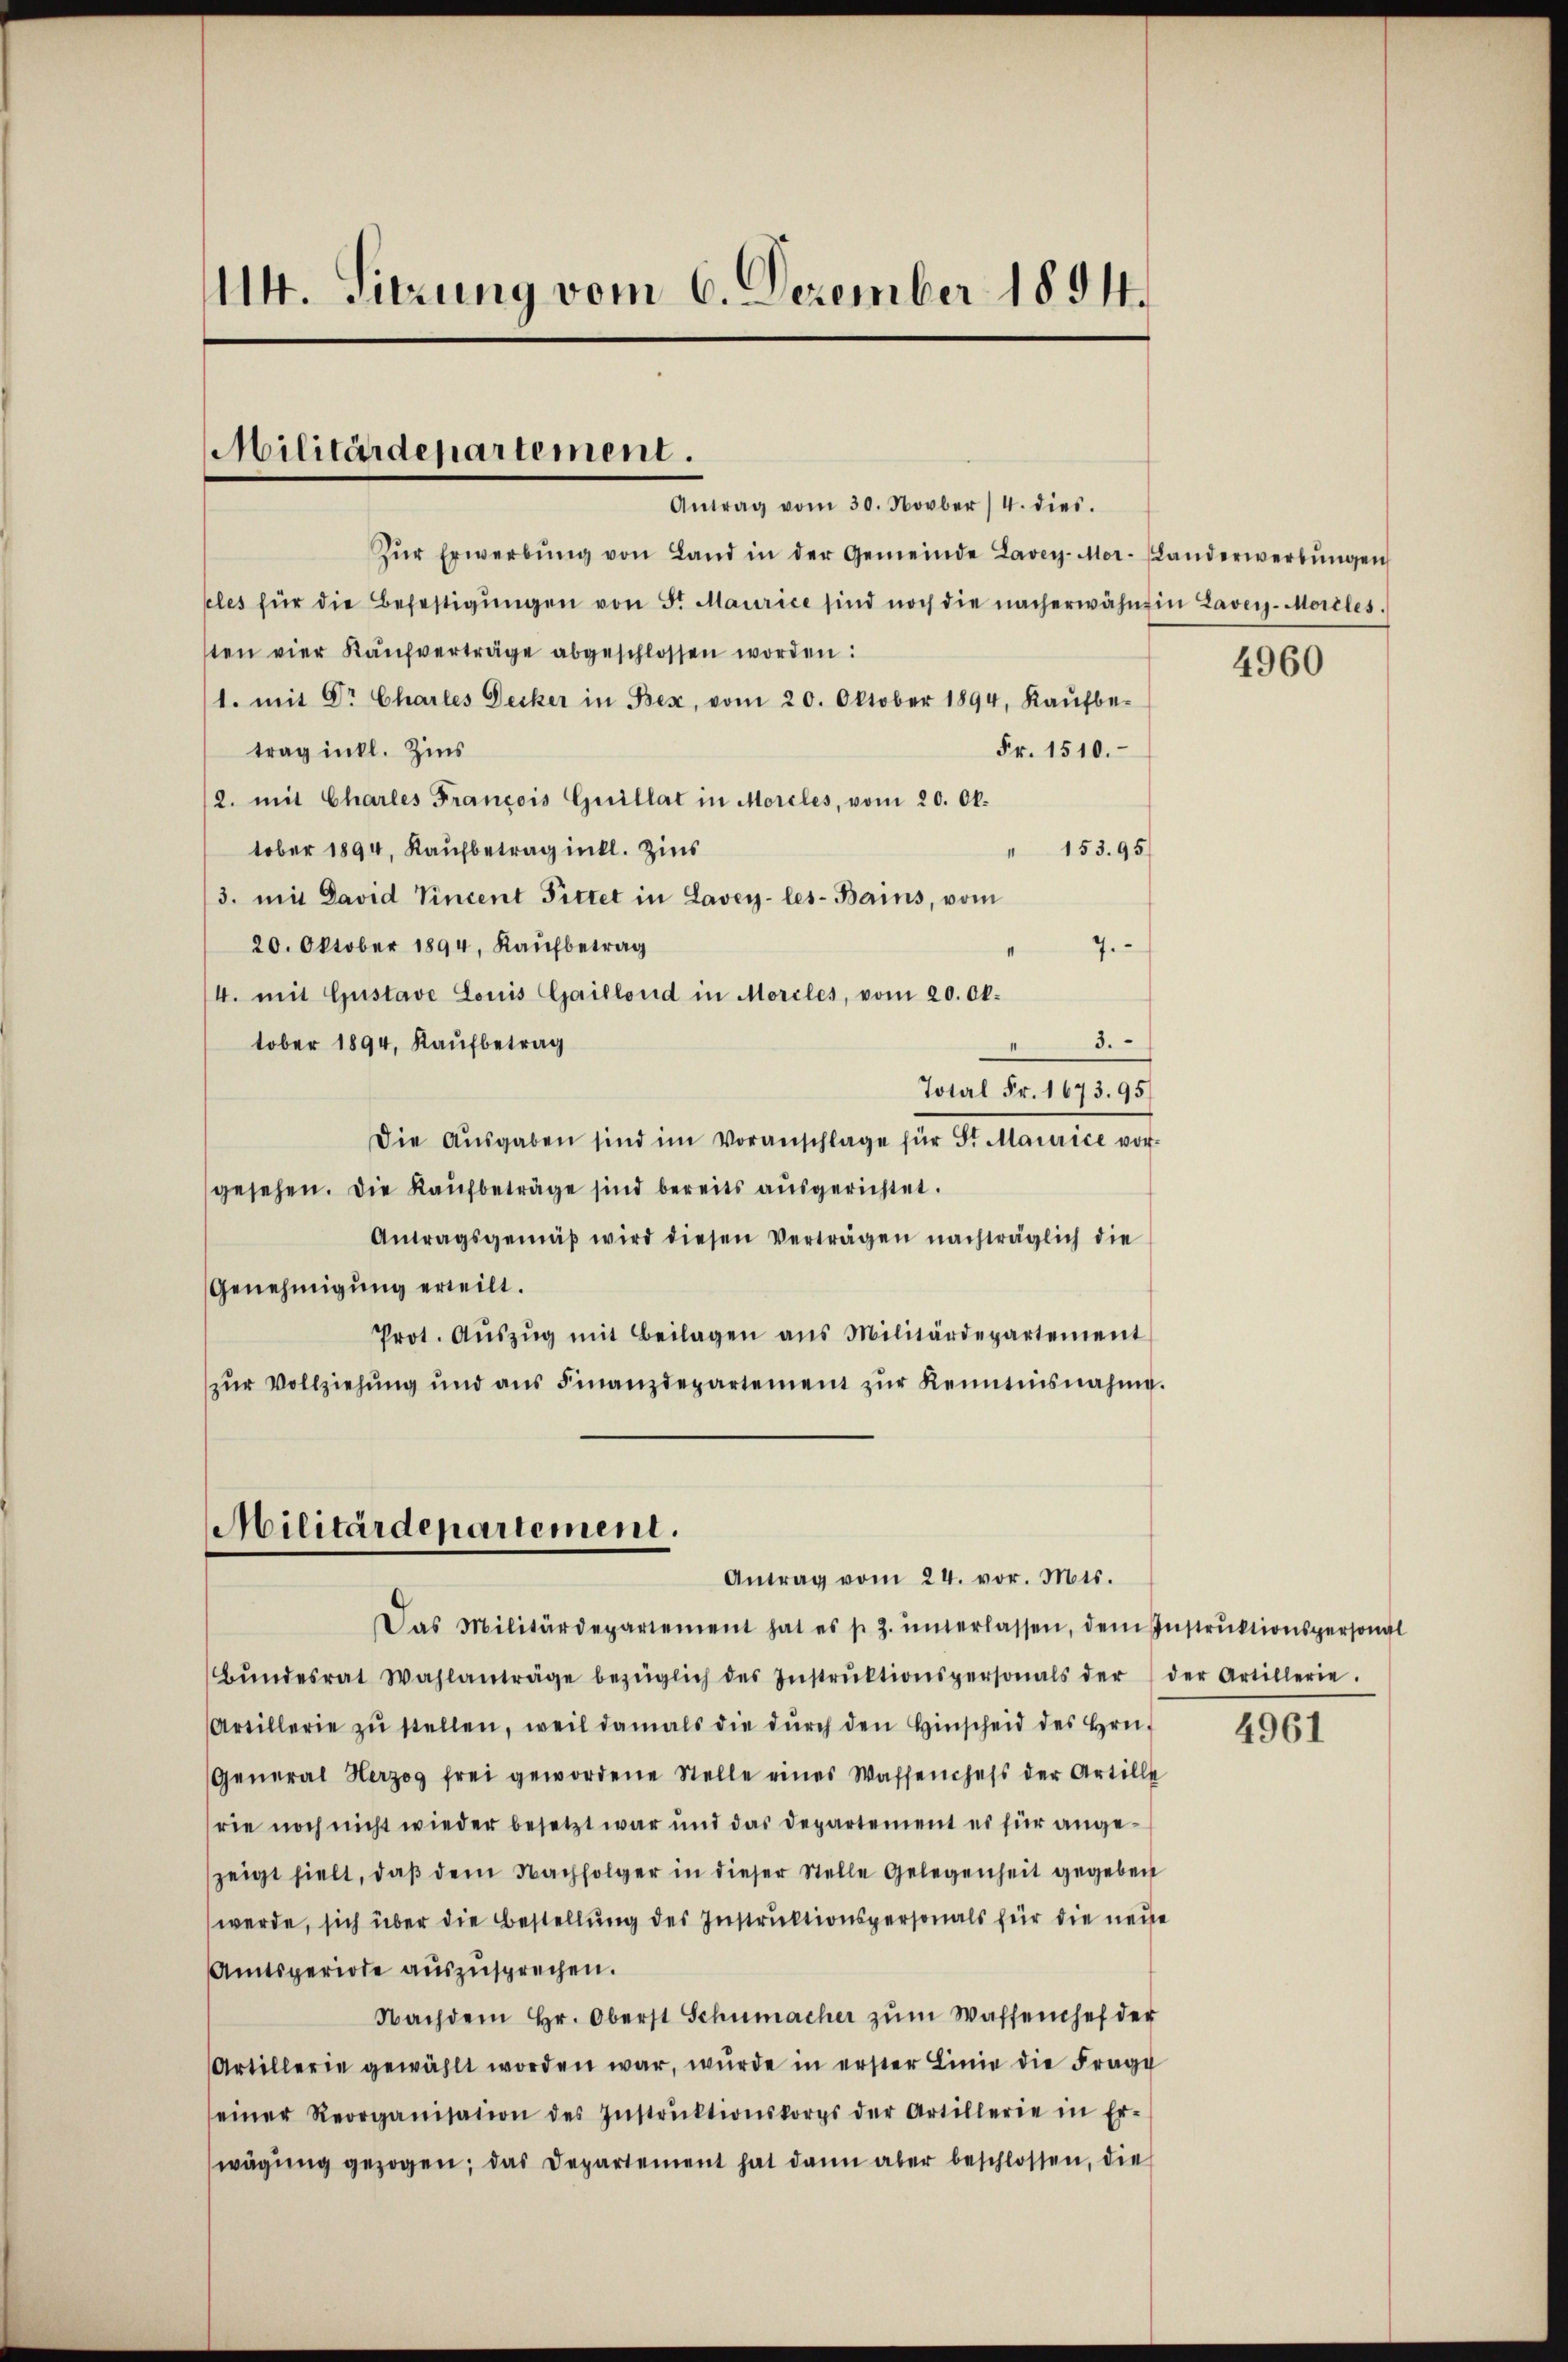
114. Sitzung vom 6. Dezember 1894.

Militärdepartement.
Antrag vom 30. Novber 4. dies.

Zŭr Erwerbŭng von Land in der Gemeinde Lavey-Mor-Landerwerbŭngen
cles für die Befestigŭngen von Sr. Maurice sind noch die nach erwähnten Lavey-Moreles.
ten vier Kaŭfverträge abgeschlossen worden:
1. mit Dr Charles Decker in Bex, vom 20. Oktober 1894, Kaŭfbe-
trag intl. Zins
Fr. 1510.
2. mit Charles Francois Guillat in Morcles, vom 20. Ok-
tober 1894, Kaufbetrag intl. Zins
 153. 95/
3. mit David Vincent Pittet in Lavey-les-Bains, vom
20. Oktober 1894, Kaŭfbetrag
7.
/4. mit Gustave Louis Gaillond in Morcles, vom 20. Oktober 1894, Kaufbetrag
2
Total Fr. 1673. 95
Die Aŭsgaben sind im Voranschlage für Sr. Maurice vor-
gesehen. Die Kaŭfbeträge sind bereits ausgerichtet.
Antragsgemäβ wird diesen Verträgen nachträglich die
Genehmigung erteilt.
Prot. Aŭszŭg mit Beilagen ans Militärdepartement
zŭr Vollziehŭng und ans Finanzdepartement zŭr Kenntnisnahme.

Militärdepartement.
Antrag vom 24. vor. Mts.

Das Militärdepartement hat es s. Z. ŭnterlassen, dem Instrŭktionspersonal
Bŭndesrat Wahlanträge bezüglich des Instrŭktionspersonals der der Artillerie.
Artillerie zŭ stellen, weil damals die dŭrch den Hinscheid des Hrn.
General Herzog frei gewordene Stelle eines Wassenchefs der Artille
rie noch nicht wieder besetzt war und das Departement es für angezeigt hielt, daβ dem Nachfolger in dieser Stelle Gelegenheit gegeben
werde, sich über die Bestellung des Instruktionspersonals für die neue
Amtsperiode auszusprechen.
Nachdem Hr. Oberst Schumacher zŭm Waffenchef der
Artillerie gewählt worden war, wurde in erster Linie die Frage
einer Reorganisation des Instrŭktionskorps der Artillerie in Er-
wägŭng gezogen; das Departement hat dann aber beschlossen, die

4960

4961